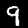
Label: 9